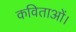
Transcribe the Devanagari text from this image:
कविताओं।